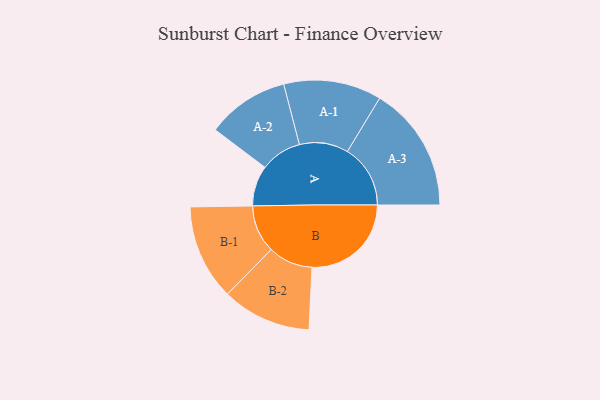
{"axis": {"x": "Segment", "y": "Value"}, "legend": ["", "A", "B"], "data": [{"x": "A", "y": 173, "type": ""}, {"x": "B", "y": 424, "type": ""}, {"x": "A-1", "y": 209, "type": "A"}, {"x": "A-2", "y": 176, "type": "A"}, {"x": "A-3", "y": 269, "type": "A"}, {"x": "B-1", "y": 204, "type": "B"}, {"x": "B-2", "y": 191, "type": "B"}]}